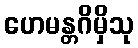
ဟေမန္တဂိမှိသု